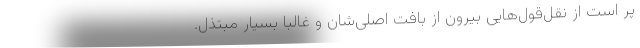
پر است از نقل‌قول‌هایی بیرون از بافت اصلی‌شان و غالباً بسیار مبتذل.